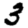
Digit: 3